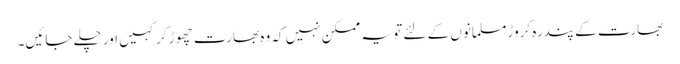
بھارت کے پندرہ کروڑ مسلمانوں کے لئے تو یہ ممکن نہیں کہ وہ بھارت چھوڑ کر کہیں اور چلے جائیں۔